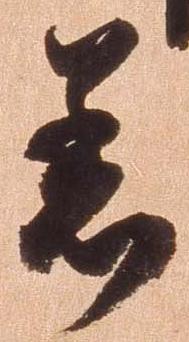
着